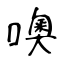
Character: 噢